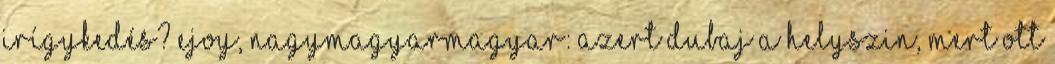
irígykedés? Ejoy, Nagymagyarmagyar: azert Dubaj a helyszin, mert ott